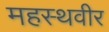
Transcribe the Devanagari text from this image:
महस्थवीर